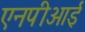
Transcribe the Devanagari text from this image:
एनपीआई